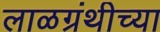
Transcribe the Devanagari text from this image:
लाळग्रंथीच्या